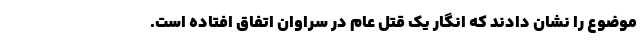
موضوع را نشان دادند که انگار یک قتل عام در سراوان اتفاق افتاده است.